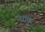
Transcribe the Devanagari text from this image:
धाकु